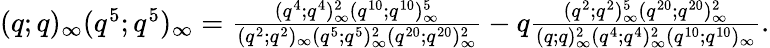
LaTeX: \begin{array}{r}{(q;q)_{\infty}(q^{5};q^{5})_{\infty}=\frac{(q^{4};q^{4})_{\infty}^{2}(q^{10};q^{10})_{\infty}^{5}}{(q^{2};q^{2})_{\infty}(q^{5};q^{5})_{\infty}^{2}(q^{20};q^{20})_{\infty}^{2}}-q\frac{(q^{2};q^{2})_{\infty}^{5}(q^{20};q^{20})_{\infty}^{2}}{(q;q)_{\infty}^{2}(q^{4};q^{4})_{\infty}^{2}(q^{10};q^{10})_{\infty}}.}\end{array}